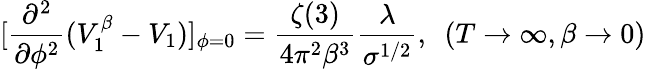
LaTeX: [\frac{\partial^{2}}{\partial\phi^{2}}(V_{1}^{\beta}-V_{1})]_{\phi=0}=\frac{\zeta(3)}{4\pi^{2}\beta^{3}}\frac{\lambda}{\sigma^{1/2}},~~(T\to\infty,\beta\to 0)